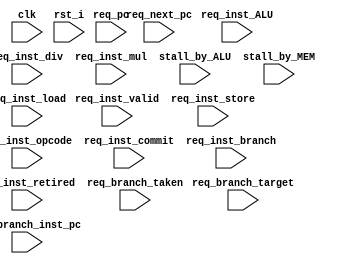
module riscv_HPC (
    
    clk, 
    rst_i,

    //Request information from pipline controller
    req_pc,
    req_next_pc,
    req_inst_opcode,
    req_inst_valid,
    
    
    //Not used in Project 3, Interface for future use.
      // Committed & retired instruction 
      req_inst_commit,
      req_inst_retired,
      //ALU bound instruction info.
      req_inst_ALU,
      req_inst_div,
      req_inst_mul,
      stall_by_ALU,
      //Memory bound instruction info. 
      req_inst_load,
      req_inst_store,
      stall_by_MEM,
      //Control flow bound instruction info. 
      req_inst_branch,
      req_branch_taken,
      req_branch_inst_pc,
      req_branch_target

);


    input        clk;
    input        rst_i;

    input [31:0] req_pc;
    input [31:0] req_next_pc;
    input [31:0] req_inst_opcode;
    input        req_inst_valid;

    input        req_inst_commit;
    input        req_inst_retired;

    input        req_inst_ALU;
    input        req_inst_div;
    input        req_inst_mul;
    input        stall_by_ALU;

    input        req_inst_load;
    input        req_inst_store;
    input        stall_by_MEM;

    input        req_inst_branch;
    input        req_branch_taken;
    input [31:0] req_branch_inst_pc;
    input [31:0] req_branch_target;
    
    
/*
Project 3
*/

    reg [31:0]  HPC_req_Rtype;
    reg [31:0]  HPC_req_Itype;
    reg [31:0]  HPC_req_Stype;
    reg [31:0]  HPC_req_Btype;
    reg [31:0]  HPC_req_Utype;
    reg [31:0]  HPC_req_Jtype;

/*
Project 4
*/
    reg [31:0]   HPC_req_retired;
    reg [63:0]   HPC_exe_cycle;

    reg [31:0]   HPC_req_ALU;
    reg [31:0]   HPC_req_ALU_stall_cycle;
    reg [31:0]   HPC_req_MEM;
    reg [31:0]   HPC_req_MEM_stall_cycle;
    reg [31:0]   HPC_req_MEM_cause_stall;

    reg [31:0]   HPC_req_TAKEN;
    reg [31:0]   HPC_req_branch;
    reg [31:0]   HPC_req_conditional;
    
//===============================================
//  Problem 1 related
//===============================================

//Retired instruction & execution cycle 
always @(posedge rst_i or posedge clk) begin
    if     (rst_i)            HPC_req_retired  <='b0;
    else if(req_inst_retired) HPC_req_retired  <= HPC_req_retired + 1'b1;
end

always @(posedge rst_i or posedge clk) begin
    if     (rst_i)            HPC_exe_cycle  <='b0;
    else                      HPC_exe_cycle  <= HPC_exe_cycle + 1'b1;
end

/*Hint/
// Notice that not all req_MEM cause memory stall! 
// You should check that which signal among memory instructions cause stall. 
// Below code make a control signal for counting number of instructions that cause memory stall. 
wire  stall_sig_rising_edge;
assign stall_sig_rising_edge = stall_by_MEM;
reg stall_sig_rising_edge_r;
 always @(posedge rst_i or posedge clk) begin
     if     (rst_i)                          stall_sig_rising_edge_r  <=1'b0;
     else                                    stall_sig_rising_edge_r  <=stall_sig_rising_edge;  
 end
wire stall_MEM_cause_sig;
assign stall_MEM_cause_sig = (stall_sig_rising_edge==1'b1)&&(stall_sig_rising_edge_r==1'b0);

always @(posedge rst_i or posedge clk) begin
    if     (rst_i)                          HPC_req_MEM_cause_stall  <='b0;
    else if(stall_MEM_cause_sig)            HPC_req_MEM_cause_stall  <= HPC_req_MEM_cause_stall + 1'b1;  
end

*/


//ALU bound instruction & stall cycle 
/*Write your own code below*/

wire  stall_sig_rising_edge_ALU;
assign stall_sig_rising_edge_ALU = stall_by_ALU;
reg stall_sig_rising_edge_r_ALU;
 always @(posedge rst_i or posedge clk) begin
     if     (rst_i)                          stall_sig_rising_edge_r_ALU  <=1'b0;
     else                                    stall_sig_rising_edge_r_ALU  <=stall_sig_rising_edge_ALU;  
 end
wire stall_ALU_cause_sig;
assign stall_ALU_cause_sig = (stall_sig_rising_edge_ALU==1'b1)&&(stall_sig_rising_edge_r_ALU==1'b0);

//  div Instruction  = div Stall 

always @(posedge rst_i or posedge clk) begin
    if     (rst_i)                          HPC_req_ALU  <='b0;
    else if(stall_ALU_cause_sig)            HPC_req_ALU  <= HPC_req_ALU + 1'b1;  
end

// always @(posedge rst_i or posedge clk) begin
//     if     (rst_i)                          HPC_req_ALU  <='b0;
//     else if(req_inst_div)            HPC_req_ALU  <= HPC_req_ALU + 1'b1;  
// end

// div Stall Cycle 

always @(posedge rst_i or posedge clk) begin
    if     (rst_i)                          HPC_req_ALU_stall_cycle  <='b0;
    else if(stall_sig_rising_edge_ALU)      HPC_req_ALU_stall_cycle  <= HPC_req_ALU_stall_cycle + 1'b1;  
end

//Memory bound instruction & stall cycle
/*Write your own code below*/

wire  stall_sig_rising_edge_MEM;
assign stall_sig_rising_edge_MEM = stall_by_MEM;
reg stall_sig_rising_edge_r_MEM;
 always @(posedge rst_i or posedge clk) begin
     if     (rst_i)                          stall_sig_rising_edge_r_MEM  <=1'b0;
     else                                    stall_sig_rising_edge_r_MEM  <=stall_sig_rising_edge_MEM;  
 end
wire stall_MEM_cause_sig;
assign stall_MEM_cause_sig = (stall_sig_rising_edge_MEM==1'b1)&&(stall_sig_rising_edge_r_MEM==1'b0);

// MEM Stall  inst 

always @(posedge rst_i or posedge clk) begin
    if     (rst_i)                          HPC_req_MEM_cause_stall  <='b0;
    else if(stall_MEM_cause_sig)            HPC_req_MEM_cause_stall  <= HPC_req_MEM_cause_stall + 1'b1;  
end

// MEM Stall Cycle 

always @(posedge rst_i or posedge clk) begin
    if     (rst_i)                          HPC_req_MEM_stall_cycle  <='b0;
    else if(stall_sig_rising_edge_MEM)      HPC_req_MEM_stall_cycle  <= HPC_req_MEM_stall_cycle + 1'b1;  
end

//  MEM Instruction

// wire sig_rising_edge_load;
// assign sig_rising_edge_load = req_inst_load;
// reg sig_rising_edge_r_load;
//  always @(posedge rst_i or posedge clk) begin
//      if     (rst_i)                          sig_rising_edge_r_load  <=1'b0;
//      else                                    sig_rising_edge_r_load  <=sig_rising_edge_load;  
//  end

// wire load_cause_sig;
// assign load_cause_sig = (sig_rising_edge_load==1'b1)&&(sig_rising_edge_r_load==1'b0);
    
// wire sig_rising_edge_store;
// assign sig_rising_edge_store = req_inst_store;
// reg sig_rising_edge_r_store;
//  always @(posedge rst_i or posedge clk) begin
//      if     (rst_i)                          sig_rising_edge_r_store  <=1'b0;
//      else                                    sig_rising_edge_r_store  <=sig_rising_edge_store;  
//  end

// wire store_cause_sig;
// assign store_cause_sig = (sig_rising_edge_store==1'b1)&&(sig_rising_edge_r_store==1'b0);


// wire MEM_cause_sig;
// assign MEM_cause_sig = (load_cause_sig==1'b1)||(store_cause_sig==1'b1);

// always @(posedge rst_i or posedge clk) begin
//     if     (rst_i)                          HPC_req_MEM  <='b0;
//     else if(MEM_cause_sig)                  HPC_req_MEM  <= HPC_req_MEM + 1'b1;  
// end

always @(posedge rst_i or posedge clk) begin
    if     (rst_i)                              HPC_req_MEM  <='b0;
    else if(req_inst_load || req_inst_store)    HPC_req_MEM  <= HPC_req_MEM + 1'b1;  
end

//===============================================
//  Problem 2 related
//===============================================

localparam FETCH_PC_BHT_INDEX_L     = 2;  
localparam FETCH_PC_BHT_INDEX_H     = 5;
`define FETCH_PC_BHT_INDEX  FETCH_PC_BHT_INDEX_H:FETCH_PC_BHT_INDEX_L

localparam STATE_STRONG_TAKEN      = 2'b00;
localparam STATE_WEAK_TAKEN        = 2'b01;
localparam STATE_WEAK_NOT_TAKEN    = 2'b10;
localparam STATE_STRONG_NOT_TAKEN  = 2'b11;

/* Branch History Table 

   BHT: Entry size 16
   Addr     Data
   0      |-----| 2-bit
   1      |-----| 2-bit
      ..
   15     |-----| 2-bit
*/

/*
    2 bit predictor state parameter definition
*/
reg  [1:0]  HPC_branch_history_table[0:15]; //Branch History Table
wire [1:0]  branch_history_on_PC_w; //  wire
reg  [3:0]  req_branch_history_index;   // BHT Index  
wire        branch_pred_out;    // BHT  
reg         req_inst_branch_r;  // Branch instruction latch
wire        branch_pred_result; //  or not
reg         branch_taken_r;
reg         branch_pred_result_r; //  latch

//reg [31:0]   HPC_req_BRANCH_taken;
//reg [31:0]   HPC_req_jalr;
wire         req_conditional_branch;    //  branch
reg          req_conditional_branch_r;  //  branch latch

/*Hint/
// Notice that not all req_branch is B-type instruction. 
// Jump and JALR instructions are also consider as branch_taken signal
    But BHT operates with only conditional branch, so need a req_conditional_branch signal
*/

assign req_conditional_branch = (req_inst_branch && req_inst_opcode[6:0] == 7'b110_0011);
always @(posedge rst_i or posedge clk) begin
    if(rst_i)                  req_conditional_branch_r <= 1'b0;
    else                       req_conditional_branch_r <= req_conditional_branch;
end

//  branch instruction

//  contional branch instruction
always @(posedge rst_i or posedge clk) begin
    if     (rst_i)                          HPC_req_branch  <='b0;
    else if(req_inst_branch)                HPC_req_branch  <= HPC_req_branch + 1'b1;  
end

always @(posedge rst_i or posedge clk) begin
    if     (rst_i)                          HPC_req_conditional  <='b0;
    else if(req_conditional_branch)                  HPC_req_conditional  <= HPC_req_conditional + 1'b1;  
end

// BHT index latch
always @(posedge rst_i or posedge clk) begin
    if(rst_i)                  req_branch_history_index <= 'b0;
    else                       req_branch_history_index <= req_branch_inst_pc[`FETCH_PC_BHT_INDEX];
end

//  latch ( )

always @(posedge rst_i or posedge clk) begin
    if(rst_i)                  branch_taken_r <= 'b0;
    else                       branch_taken_r <= req_branch_taken;
end

always @(posedge rst_i or posedge clk) begin
    if(rst_i)                  branch_pred_result_r <= 'b0;
    else                       branch_pred_result_r <= branch_pred_result;
end

//  TAKEN Branch Instruction 

always @(posedge rst_i or posedge clk) begin
    if     (rst_i)                          HPC_req_TAKEN  <='b0;
    else if(req_branch_taken)         HPC_req_TAKEN  <= HPC_req_TAKEN + 1'b1;  
end

// Conditional Branch Stall Cycle 

// always @(posedge rst_i or posedge clk) begin
//     if     (rst_i)                          HPC_req_CTRL_stall_cycle  <='b0;
//     else if(stall_by_CTRL)                  HPC_req_CTRL_stall_cycle  <= HPC_req_CTRL_stall_cycle + 1'b1;  
// end

assign branch_pred_out = req_conditional_branch && (!HPC_branch_history_table[req_branch_inst_pc[`FETCH_PC_BHT_INDEX]][1]);
assign branch_pred_result = req_conditional_branch && (branch_pred_out == req_branch_taken);

// set initial state of BHT entries as 'STATE_WEAK_NOT_TAKEN'


/*Write your own code below */

// always @(posedge rst_i or posedge clk) begin
//     if (rst_i)
//     begin
//         HPC_branch_history_table[0] = STATE_WEAK_NOT_TAKEN;
//         HPC_branch_history_table[1] = STATE_WEAK_NOT_TAKEN;
//         HPC_branch_history_table[2] = STATE_WEAK_NOT_TAKEN;
//         HPC_branch_history_table[3] = STATE_WEAK_NOT_TAKEN;
//         HPC_branch_history_table[4] = STATE_WEAK_NOT_TAKEN;
//         HPC_branch_history_table[5] = STATE_WEAK_NOT_TAKEN;
//         HPC_branch_history_table[6] = STATE_WEAK_NOT_TAKEN;
//         HPC_branch_history_table[7] = STATE_WEAK_NOT_TAKEN;
//         HPC_branch_history_table[8] = STATE_WEAK_NOT_TAKEN;
//         HPC_branch_history_table[9] = STATE_WEAK_NOT_TAKEN;
//         HPC_branch_history_table[10] = STATE_WEAK_NOT_TAKEN;
//         HPC_branch_history_table[11] = STATE_WEAK_NOT_TAKEN;
//         HPC_branch_history_table[12] = STATE_WEAK_NOT_TAKEN;
//         HPC_branch_history_table[13] = STATE_WEAK_NOT_TAKEN;
//         HPC_branch_history_table[14] = STATE_WEAK_NOT_TAKEN;
//         HPC_branch_history_table[15] = STATE_WEAK_NOT_TAKEN;
//     end
//     else if (req_conditional_branch_r)
//     begin
//         if (branch_taken_r)
//         begin
//             if (HPC_branch_history_table[req_branch_history_index] == STATE_WEAK_NOT_TAKEN)
//                 HPC_branch_history_table[req_branch_history_index] = STATE_STRONG_TAKEN; 
//             else if (HPC_branch_history_table[req_branch_history_index] == STATE_WEAK_TAKEN)
//                 HPC_branch_history_table[req_branch_history_index] = STATE_STRONG_TAKEN;
//             else if (HPC_branch_history_table[req_branch_history_index] == STATE_STRONG_TAKEN)
//                 HPC_branch_history_table[req_branch_history_index] = STATE_STRONG_TAKEN;
//             else if (HPC_branch_history_table[req_branch_history_index] == STATE_STRONG_NOT_TAKEN)
//                 HPC_branch_history_table[req_branch_history_index] = STATE_WEAK_NOT_TAKEN;
//         end
//         else
//         begin
//             if (HPC_branch_history_table[req_branch_history_index] == STATE_WEAK_NOT_TAKEN)
//                 HPC_branch_history_table[req_branch_history_index] = STATE_STRONG_NOT_TAKEN; 
//             else if (HPC_branch_history_table[req_branch_history_index] == STATE_WEAK_TAKEN)
//                 HPC_branch_history_table[req_branch_history_index] = STATE_STRONG_NOT_TAKEN;
//             else if (HPC_branch_history_table[req_branch_history_index] == STATE_STRONG_TAKEN)
//                 HPC_branch_history_table[req_branch_history_index] = STATE_WEAK_TAKEN;
//             else if (HPC_branch_history_table[req_branch_history_index] == STATE_STRONG_NOT_TAKEN)
//                 HPC_branch_history_table[req_branch_history_index] = STATE_STRONG_NOT_TAKEN;
//         end
//     end
// end

always @(posedge rst_i or posedge clk) begin
    if (rst_i)
    begin
        HPC_branch_history_table[0] = STATE_WEAK_NOT_TAKEN;
        HPC_branch_history_table[1] = STATE_WEAK_NOT_TAKEN;
        HPC_branch_history_table[2] = STATE_WEAK_NOT_TAKEN;
        HPC_branch_history_table[3] = STATE_WEAK_NOT_TAKEN;
        HPC_branch_history_table[4] = STATE_WEAK_NOT_TAKEN;
        HPC_branch_history_table[5] = STATE_WEAK_NOT_TAKEN;
        HPC_branch_history_table[6] = STATE_WEAK_NOT_TAKEN;
        HPC_branch_history_table[7] = STATE_WEAK_NOT_TAKEN;
        HPC_branch_history_table[8] = STATE_WEAK_NOT_TAKEN;
        HPC_branch_history_table[9] = STATE_WEAK_NOT_TAKEN;
        HPC_branch_history_table[10] = STATE_WEAK_NOT_TAKEN;
        HPC_branch_history_table[11] = STATE_WEAK_NOT_TAKEN;
        HPC_branch_history_table[12] = STATE_WEAK_NOT_TAKEN;
        HPC_branch_history_table[13] = STATE_WEAK_NOT_TAKEN;
        HPC_branch_history_table[14] = STATE_WEAK_NOT_TAKEN;
        HPC_branch_history_table[15] = STATE_WEAK_NOT_TAKEN;
    end
    else if (req_conditional_branch_r)
    begin
        if (branch_pred_result_r)
        begin
            if (HPC_branch_history_table[req_branch_history_index] == STATE_WEAK_NOT_TAKEN)
                HPC_branch_history_table[req_branch_history_index] = STATE_STRONG_NOT_TAKEN; 
            else if (HPC_branch_history_table[req_branch_history_index] == STATE_WEAK_TAKEN)
                HPC_branch_history_table[req_branch_history_index] = STATE_STRONG_TAKEN;
        end
        else
        begin
            if (HPC_branch_history_table[req_branch_history_index] == STATE_WEAK_NOT_TAKEN)
                HPC_branch_history_table[req_branch_history_index] = STATE_STRONG_TAKEN; 
            else if (HPC_branch_history_table[req_branch_history_index] == STATE_WEAK_TAKEN)
                HPC_branch_history_table[req_branch_history_index] = STATE_STRONG_NOT_TAKEN;
            else if (HPC_branch_history_table[req_branch_history_index] == STATE_STRONG_TAKEN)
                HPC_branch_history_table[req_branch_history_index] = STATE_WEAK_TAKEN;
            else if (HPC_branch_history_table[req_branch_history_index] == STATE_STRONG_NOT_TAKEN)
                HPC_branch_history_table[req_branch_history_index] = STATE_WEAK_NOT_TAKEN;
        end
    end
end
endmodule